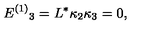
E ^ { ( 1 ) } { } _ { 3 } = L ^ { * } \kappa _ { 2 } \kappa _ { 3 } = 0 ,